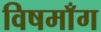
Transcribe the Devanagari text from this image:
विषमाँग